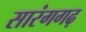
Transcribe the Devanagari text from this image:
सारंगगढ़